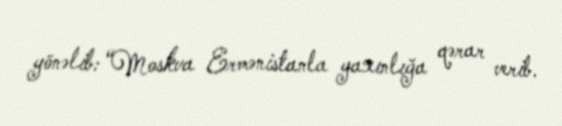
yönəlib: “Moskva Ermənistanla yaxınlığa qərar verib.